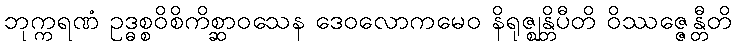
ဘုက္ကရဏံ ဥဒ္ဓစ္စဝိစိကိစ္ဆာဝသေန ဒေဝလောကမေဝ နိရုဇ္ဈန္တိပီတိ ဝိဿဇ္ဇေန္တီတိ